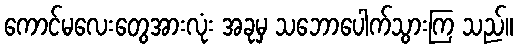
ကောင်မလေးတွေအားလုံး အခုမှ သဘောပေါက်သွားကြ သည်။